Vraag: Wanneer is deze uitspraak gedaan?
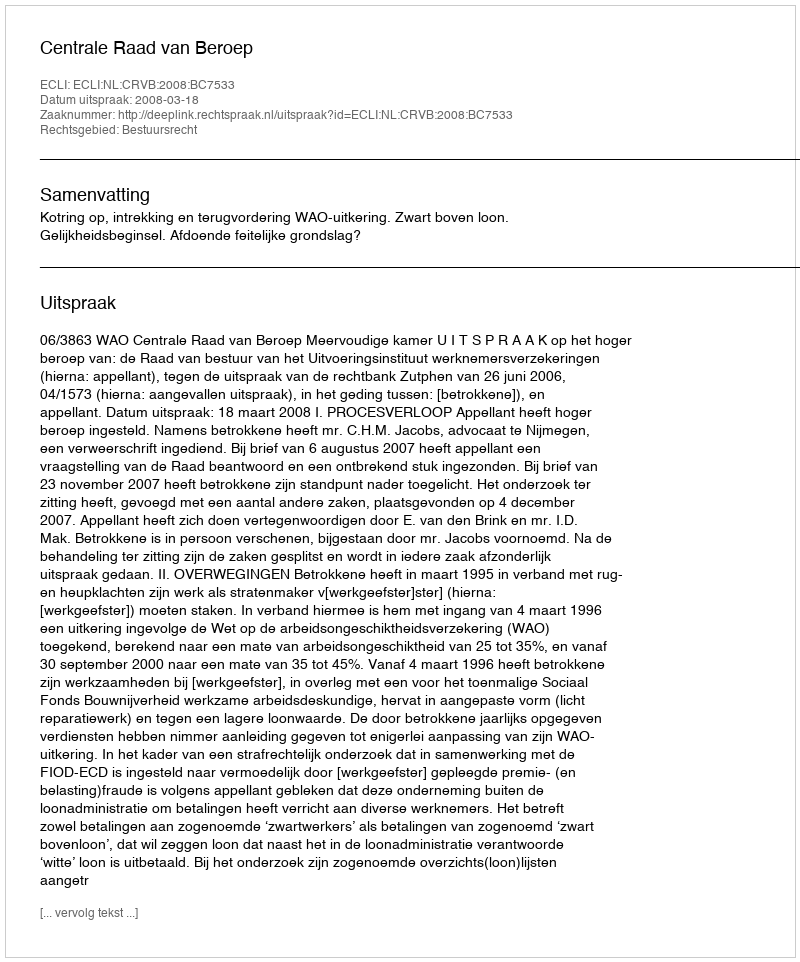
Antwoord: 2008-03-18